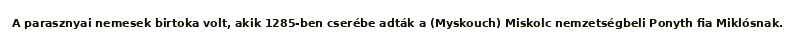
A parasznyai nemesek birtoka volt, akik 1285-ben cserébe adták a (Myskouch) Miskolc nemzetségbeli Ponyth fia Miklósnak.